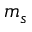
m _ { s }